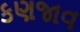
કણજાવ